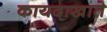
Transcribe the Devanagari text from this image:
कायदाखाते